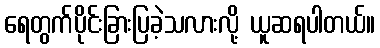
ရေတွက်ပိုင်းခြားပြခဲ့သလားလို့ ယူဆရပါတယ်။